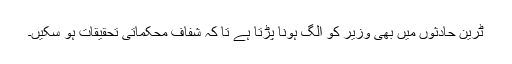
ٹرین حادثوں میں بھی وزیر کو الگ ہونا پڑتا ہے تا کہ شفاف محکماتی تحقیقات ہو سکیں۔